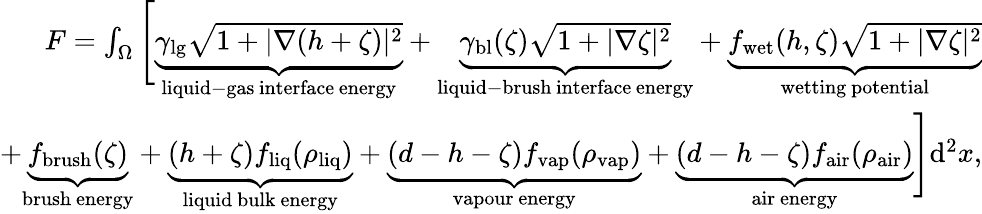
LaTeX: \begin{array}{r}{F=\int_{\Omega}\Bigg[\underbrace{\gamma_{\mathrm{lg}}{\sqrt{1+|\nabla(h+\zeta)|^{2}}}}_{\mathrm{liquid-gas\, interface\, energy}}+\underbrace{\gamma_{\mathrm{bl}}(\zeta)\sqrt{1+|\nabla\zeta|^{2}}}_{\mathrm{liquid-brush\, interface\, energy}}+\underbrace{f_{\mathrm{wet}}(h,\zeta)\sqrt{1+|\nabla\zeta|^{2}}}_{\mathrm{wetting~potential}}}\\ {+\underbrace{f_{\mathrm{brush}}(\zeta)}_{\mathrm{brush~energy}}+\underbrace{(h+\zeta)f_{\mathrm{liq}}(\rho_{\mathrm{liq}})}_{\mathrm{liquid~bulk~energy}}+\underbrace{(d-h-\zeta)f_{\mathrm{vap}}(\rho_{\mathrm{vap}})}_{\mathrm{vapour~energy}}+\underbrace{(d-h-\zeta)f_{\mathrm{air}}(\rho_{\mathrm{air}})}_{\mathrm{air~energy}}\Bigg]\mathrm{d}^{2}x,}\end{array}